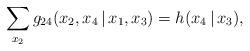
LaTeX: \begin{align*}\sum_{x_2} g_{24}(x_2, x_4 \,|\, x_1, x_3) = h(x_4 \,|\, x_3),\end{align*}